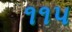
૧૧પ